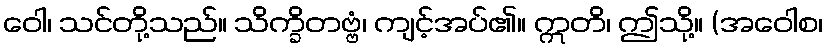
ဝေါ၊ သင်တို့သည်။ သိက္ခိတဗ္ဗံ၊ ကျင့်အပ်၏။ ဣတိ၊ ဤသို့။ (အဝေါစ၊